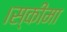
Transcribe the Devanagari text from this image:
।स्कीमा